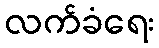
လက်ခံရေး